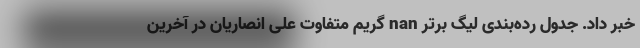
خبر داد. جدول رده‌بندی لیگ برتر nan گریم متفاوت علی انصاریان در آخرین